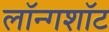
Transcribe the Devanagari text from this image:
लॉन्गशॉट